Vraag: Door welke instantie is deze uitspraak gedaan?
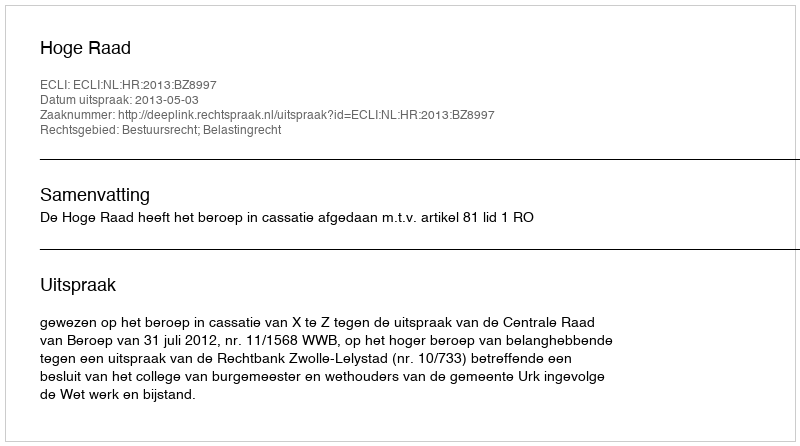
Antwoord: Hoge Raad